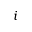
i